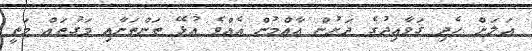
އަލަށް ހެދި ޤަވާއިދުގެ ދަށުން އާއްމުން އެއްވެ އުޅޭ ތަންތަނާއި މަގުތައް މަތީ